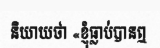
និយាយថា «ខ្ញុំធ្លាប់បានឮ